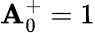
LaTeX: \mathbf{A}_{0}^{+}=1